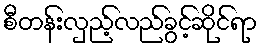
စီတန်းလှည့်လည်ခွင့်ဆိုင်ရာ